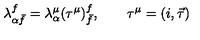
\lambda _ { \alpha \bar { f } } ^ { f } = \lambda _ { \alpha } ^ { \mu } ( \tau ^ { \mu } ) _ { \bar { f } } ^ { f } , \qquad \tau ^ { \mu } = ( i , \vec { \tau } )